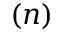
( n )